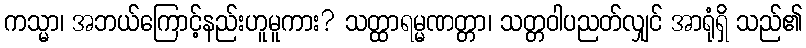
ကသ္မာ၊ အဘယ်ကြောင့်နည်းဟူမူကား? သတ္ထာရမ္မဏတ္တာ၊ သတ္တဝါပညတ်လျှင် အာရုံရှိ သည်၏